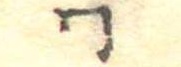
同